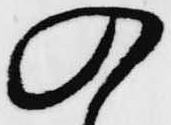
の